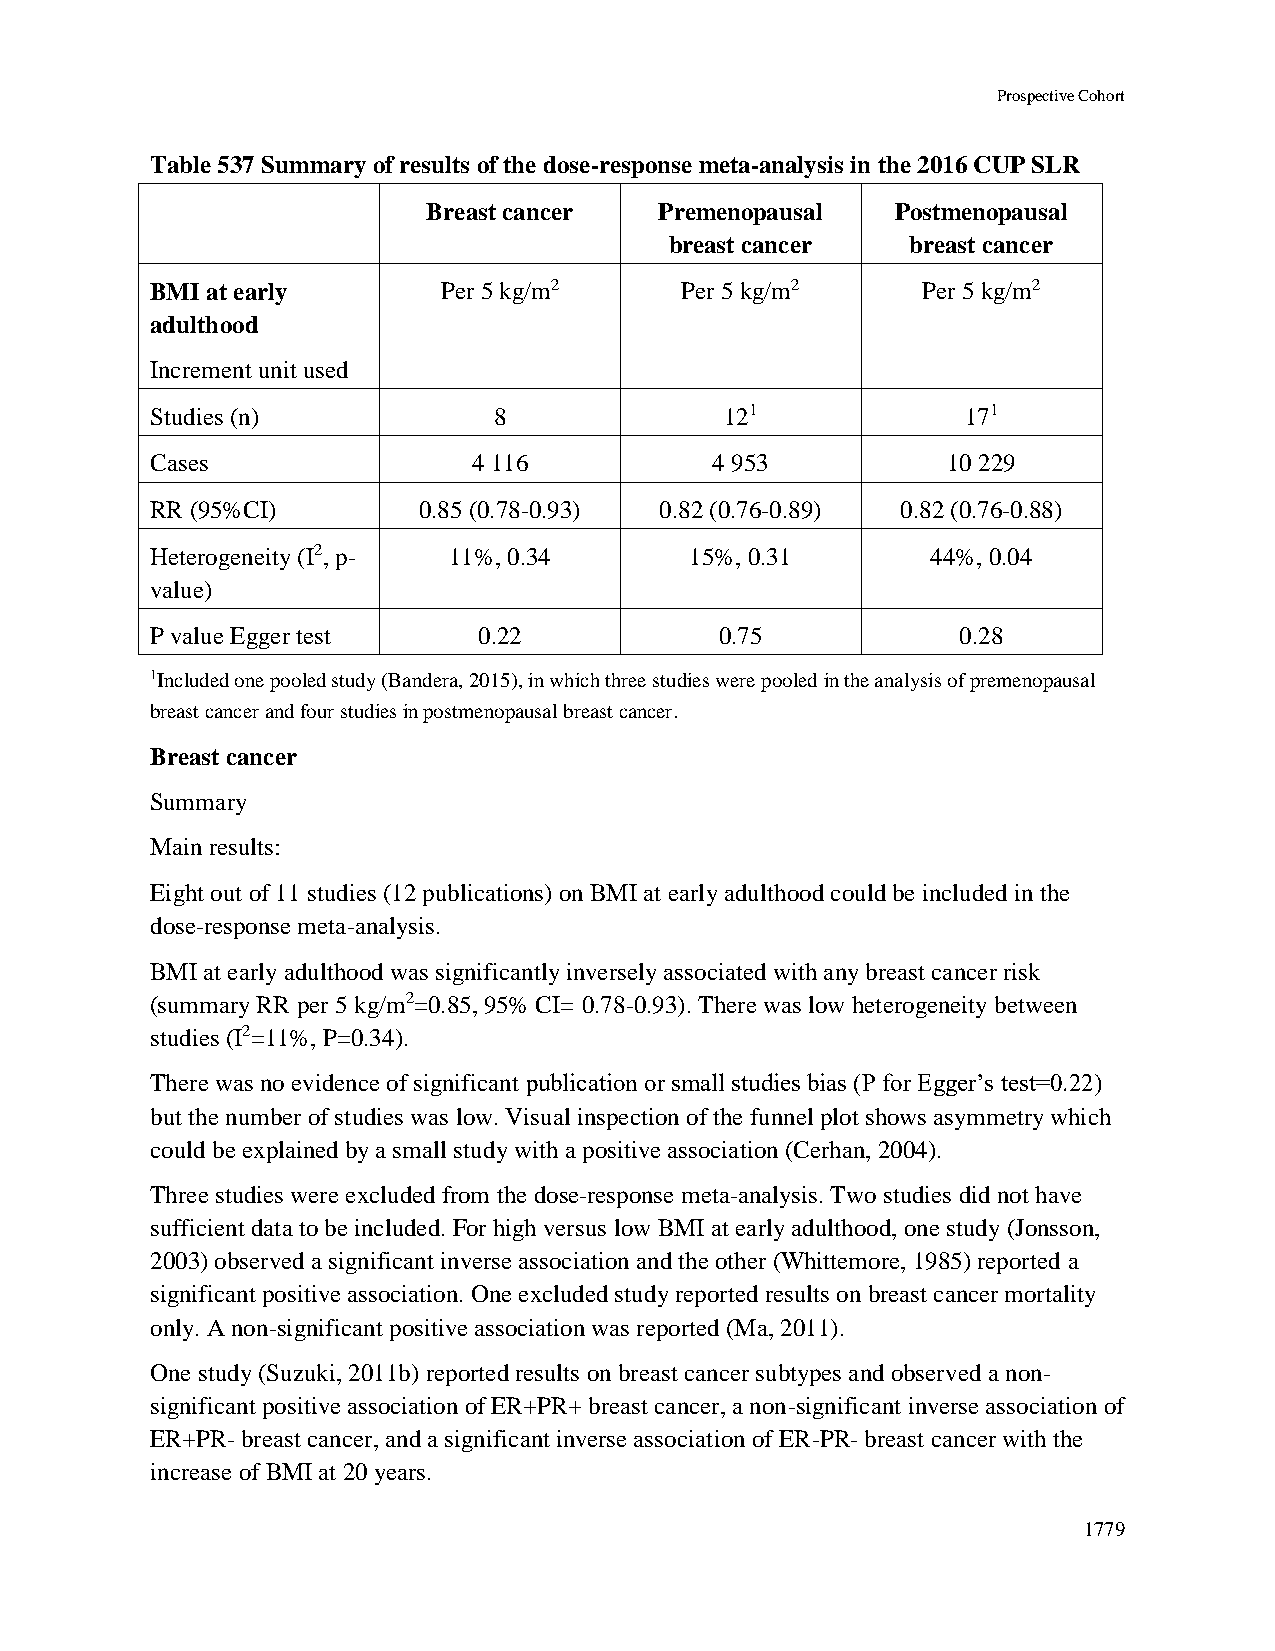
Prospective Cohort
 Table 537 Summary of results of the dose-response meta-analysis in the 2016 CUP SLR
 Breast cancer   Premenopausal  Postmenopausal
 breast cancer   breast cancer
 BMI at early       Per 5 kg/m2     Per 5 kg/m2     Per 5 kg/m2
 adulthood
 Increment unit used
 Studies (n)            8              121             171
 Cases                4 116           4 953           10 229
 RR (95%CI)        0.85 (0.78-0.93) 0.82 (0.76-0.89) 0.82 (0.76-0.88)
 Heterogeneity (I2, p- 11%, 0.34     15%, 0.31       44%, 0.04
 value)
 P value Egger test    0.22            0.75            0.28
 1Included one pooled study (Bandera, 2015), in which three studies were pooled in the analysis of premenopausal
 breast cancer and four studies in postmenopausal breast cancer.
 Breast cancer
 Summary
 Main results:
 Eight out of 11 studies (12 publications) on BMI at early adulthood could be included in the
 dose-response meta-analysis.
 BMI at early adulthood was significantly inversely associated with any breast cancer risk
 (summary RR per 5 kg/m2=0.85, 95% CI= 0.78-0.93). There was low heterogeneity between
 studies (I2=11%, P=0.34).
 There was no evidence of significant publication or small studies bias (P for Egger’s test=0.22)
 but the number of studies was low. Visual inspection of the funnel plot shows asymmetry which
 could be explained by a small study with a positive association (Cerhan, 2004).
 Three studies were excluded from the dose-response meta-analysis. Two studies did not have
 sufficient data to be included. For high versus low BMI at early adulthood, one study (Jonsson,
 2003) observed a significant inverse association and the other (Whittemore, 1985) reported a
 significant positive association. One excluded study reported results on breast cancer mortality
 only. A non-significant positive association was reported (Ma, 2011).
 One study (Suzuki, 2011b) reported results on breast cancer subtypes and observed a non-
 significant positive association of ER+PR+ breast cancer, a non-significant inverse association of
 ER+PR- breast cancer, and a significant inverse association of ER-PR- breast cancer with the
 increase of BMI at 20 years.
 1779